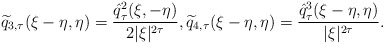
\begin{align*} \widetilde{q}_{3,\tau}(\xi-\eta, \eta)= \frac{\hat{q}_{\tau}^2(\xi, -\eta)}{2|\xi|^{2\tau}}, \widetilde{q}_{4,\tau}(\xi-\eta, \eta) = \frac{\hat{q}_{\tau}^3(\xi-\eta, \eta)}{|\xi|^{2\tau}}.\end{align*}